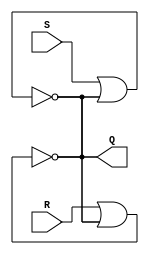
module sr_latch(
    input S,
    input R,
    output Q
);

// SR latch design using two NOR gates
assign Q = !(R | Q);
assign Q = !(S | Q);

endmodule